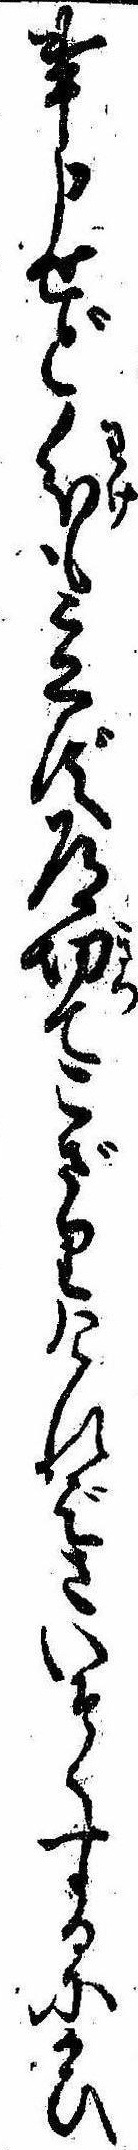
事申せど分も立ず道切てこざりければさいそくするにかひ